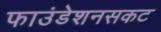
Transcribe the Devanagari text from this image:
फाउंडेशनसकट